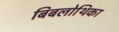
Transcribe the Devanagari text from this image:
बिबलोथिका